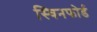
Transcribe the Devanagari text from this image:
स्विनफोर्ड